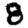
Digit: 8